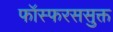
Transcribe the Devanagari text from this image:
फॉस्फरससुक्त